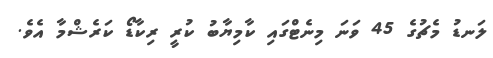
ލަނޑު މެޗުގެ 45 ވަނަ މިނެޓްގައި ކާމިޔާބު ކުރީ ރިކާޑޯ ކަރެޝްމާ އެވެ.